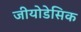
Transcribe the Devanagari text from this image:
जीयोडेसिक